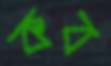
কব